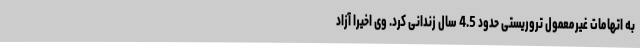
به اتهامات غیرمعمول تروریستی حدود 4.5 سال زندانی کرد. وی اخیرا آزاد